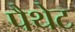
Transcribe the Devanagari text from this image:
पैथेट